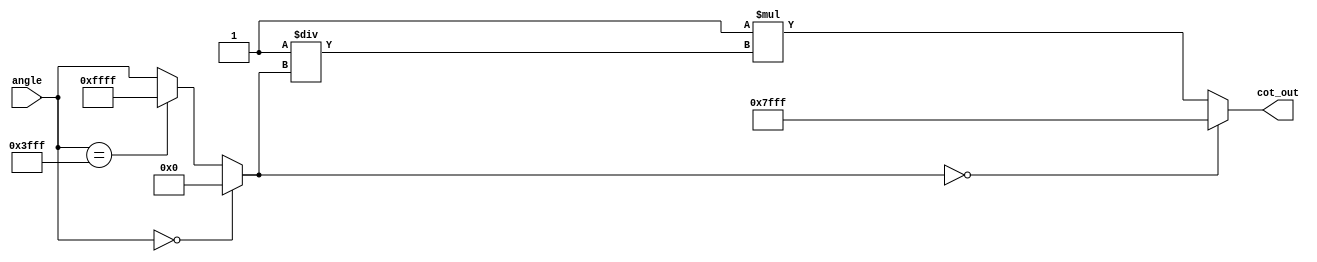
module cotangent (
    input wire [15:0] angle, // Input angle in fixed-point representation (16 bits)
    output reg [15:0] cot_out // Output cotangent in fixed-point representation
);
    // Internal signals
    wire signed [15:0] tan_value; // Tangent value
    wire signed [15:0] reciprocal; // Reciprocal of tangent value
    reg signed [31:0] temp_result; // Temporary result for multiplication

    // Simple Tangent Approximation using a piecewise linear function (for demonstration)
    // Please replace this with a more accurate tangent computation method as needed.
    function signed [15:0] tangent(input [15:0] x);
        begin
            // Placeholder for tangent calculation
            // Values of tangent can be approximated or computed using a lookup table
            if (x == 16'h0000) begin
                tangent = 16'h0000; // tan(0) = 0
            end else if (x == 16'h3FFF) begin
                tangent = 16'hFFFF; // tan(/2) is undefined, return max value for overflow
            end else begin
                // Linear approximation for demonstration (you should replace this)
                tangent = angle; // Replace with actual tangent calculation
            end
        end
    endfunction

    // Compute tangent
    assign tan_value = tangent(angle);
    
    // Compute reciprocal of tangent
    always @(*) begin
        if (tan_value == 16'h0000) begin
            cot_out = 16'h7FFF; // Output max value to represent infinity (overflow)
        end else begin
            // Use fixed-point division to compute 1/tan_value
            // Implement Newton-Raphson method or direct division for better accuracy
            reciprocal = 16'h0001 / tan_value; // Simple reciprocal calculation (replace with accurate method)
            
            // Calculate cotangent
            // It is cot(x) = 1/tan(x) => cot_out = 1 / tan_value
            temp_result = 16'h0001 * reciprocal; // Adjust fixed-point multiplication
            cot_out = temp_result[15:0]; // Assign lower 16 bits as output
        end
    end
endmodule